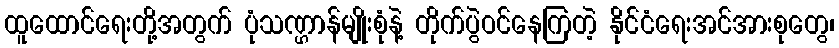
ထူထောင်ရေးတို့အတွက် ပုံသဏ္ဌာန်မျိုးစုံနဲ့ တိုက်ပွဲဝင်နေကြတဲ့ နိုင်ငံရေးအင်အားစုတွေ၊